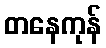
တနေကုန်